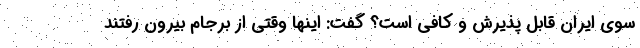
سوی ایران قابل پذیرش و کافی است؟ گفت: اینها وقتی از برجام بیرون رفتند